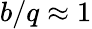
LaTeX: b/q\approx 1